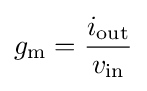
g_{\text{m}}={\frac {i_{\text{out}}}{v_{\text{in}}}}